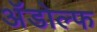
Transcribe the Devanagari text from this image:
अॅडोल्फ